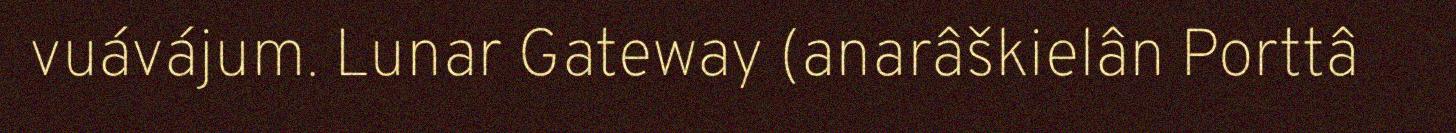
vuávájum. Lunar Gateway (anarâškielân Porttâ